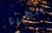
ببطىء